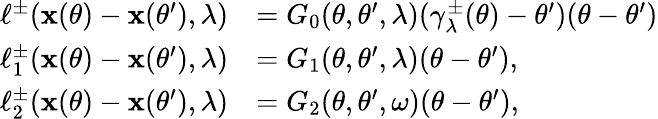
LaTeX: \begin{array}{rl}{\ell^{\pm}(\mathbf x(\theta)-\mathbf x(\theta^{\prime}),\lambda)}&{=G_{0}(\theta,\theta^{\prime},\lambda)(\gamma_{\lambda}^{\pm}(\theta)-\theta^{\prime})(\theta-\theta^{\prime})}\\ {\ell_{1}^{\pm}(\mathbf x(\theta)-\mathbf x(\theta^{\prime}),\lambda)}&{=G_{1}(\theta,\theta^{\prime},\lambda)(\theta-\theta^{\prime}),}\\ {\ell_{2}^{\pm}(\mathbf x(\theta)-\mathbf x(\theta^{\prime}),\lambda)}&{=G_{2}(\theta,\theta^{\prime},\omega)(\theta-\theta^{\prime}),}\end{array}